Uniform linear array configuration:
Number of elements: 4
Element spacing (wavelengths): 1
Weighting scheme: uniform
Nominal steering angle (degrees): -15
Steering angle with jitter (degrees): -15.968
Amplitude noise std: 0.05
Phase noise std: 0.05

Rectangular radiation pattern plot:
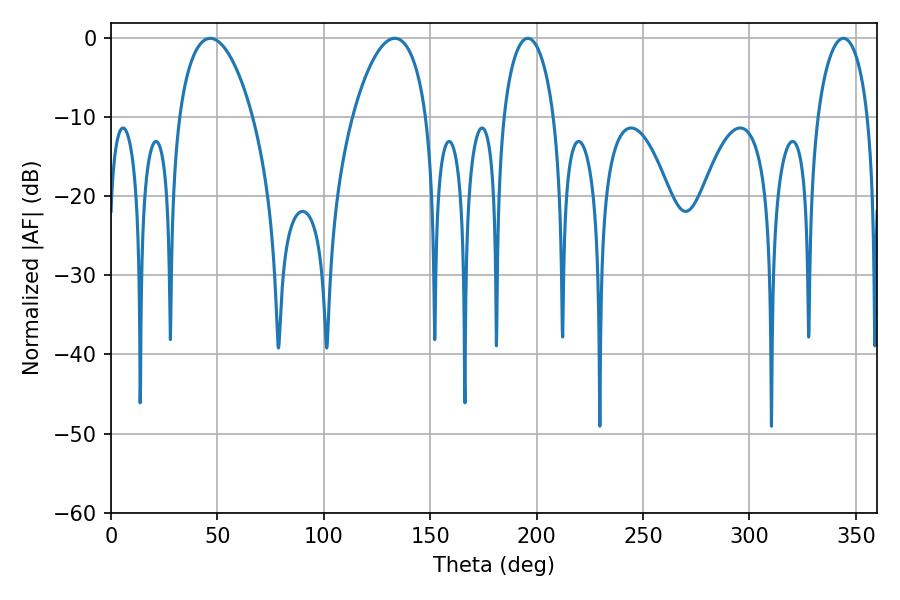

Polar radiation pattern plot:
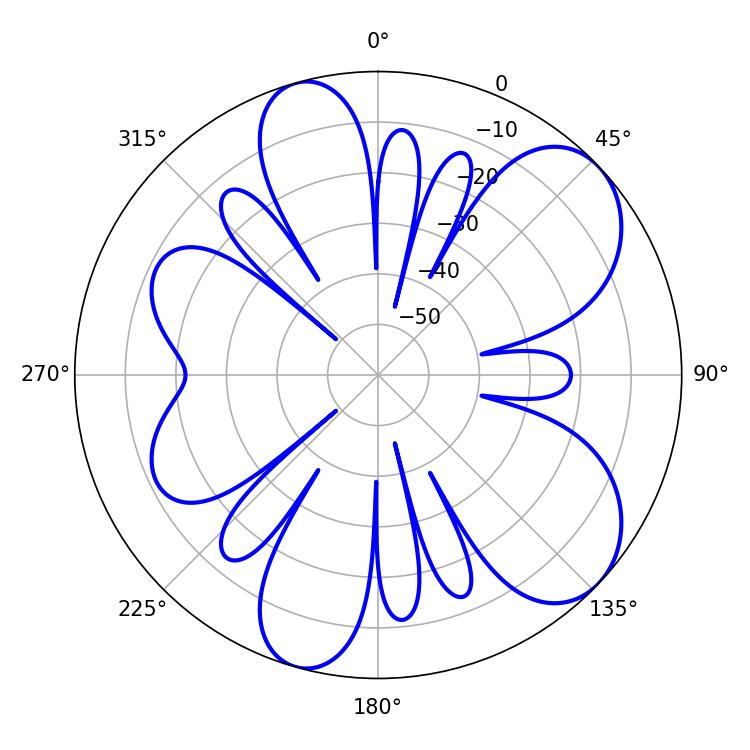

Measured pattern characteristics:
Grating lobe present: TRUE
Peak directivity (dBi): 7.618
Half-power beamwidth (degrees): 19.44
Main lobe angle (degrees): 46.62